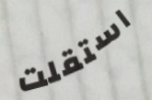
استقلت